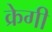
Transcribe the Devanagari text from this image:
क्रेगी